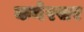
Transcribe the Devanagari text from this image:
कनेरसर